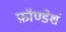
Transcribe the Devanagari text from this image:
फ़ॉण्डेशं